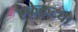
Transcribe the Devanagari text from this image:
एकेकट्या